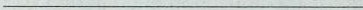
___